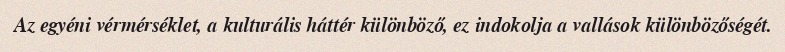
Az egyéni vérmérséklet, a kulturális háttér különböző, ez indokolja a vallások különbözőségét.